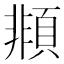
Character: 䫍